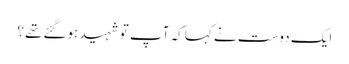
ایک دوست نے کہا کہ آپ تو شہید ہوگئے تھے؟